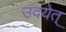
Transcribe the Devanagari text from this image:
उदयेत्‌